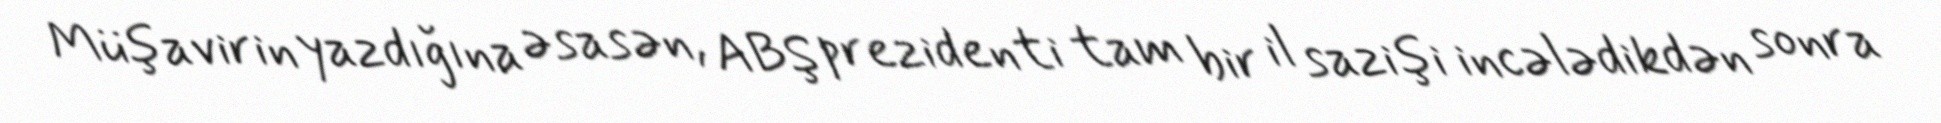
Müşavirin yazdığına əsasən, ABŞ prezidenti tam bir il sazişi incələdikdən sonra